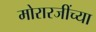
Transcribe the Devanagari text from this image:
मोरारजींच्या